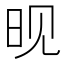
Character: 𬀪